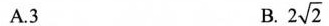
A.3 B.2\sqrt{2}